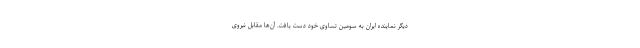
دیگر نماینده ایران به سومین تساوی خود دست یافت. آن‌ها مقابل نیروی